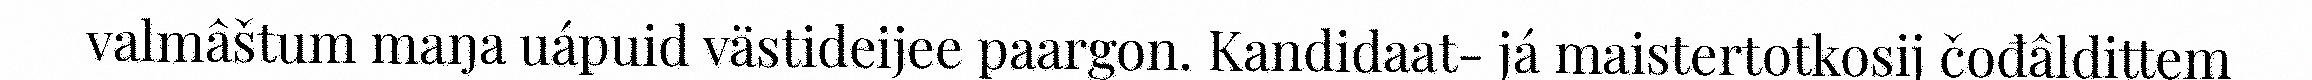
valmâštum maŋa uápuid västideijee paargon. Kandidaat- já maistertotkosij čođâldittem